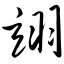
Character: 翊